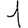
Digit: 1